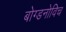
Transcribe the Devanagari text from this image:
बोग्डनोविच